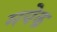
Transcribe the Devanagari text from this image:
मयेक